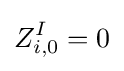
Z_{i,0}^{I}=0